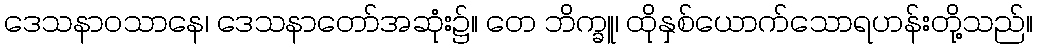
ဒေသနာဝသာနေ၊ ဒေသနာတော်အဆုံး၌။ တေ ဘိက္ခူ၊ ထိုနှစ်ယောက်သောရဟန်းတို့သည်။